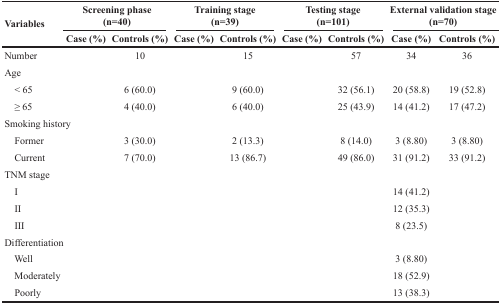
<table><thead><tr><td rowspan="2"><b>Variables</b></td><td colspan="2"><b>Screening phase(n=40)</b></td><td colspan="2"><b>Training stage(n=39)</b></td><td colspan="2"><b>Testing stage(n=101)</b></td><td colspan="2"><b>External validation stage(n=70)</b></td></tr><tr><td><b>Case (%)</b></td><td><b>Controls (%)</b></td><td><b>Case (%)</b></td><td><b>Controls (%)</b></td><td><b>Case (%)</b></td><td><b>Controls (%)</b></td><td><b>Case (%)</b></td><td><b>Controls (%)</b></td></tr></thead><tbody><tr><td>Number</td><td>[EMPTY_CELL]</td><td>10</td><td>[EMPTY_CELL]</td><td>15</td><td>[EMPTY_CELL]</td><td>57</td><td>34</td><td>36</td></tr><tr><td colspan="9">Age</td></tr><tr><td> &lt; 65</td><td>[EMPTY_CELL]</td><td>6 (60.0)</td><td>[EMPTY_CELL]</td><td>9 (60.0)</td><td>[EMPTY_CELL]</td><td>32 (56.1)</td><td>20 (58.8)</td><td>19 (52.8)</td></tr><tr><td> ≥ 65</td><td>[EMPTY_CELL]</td><td>4 (40.0)</td><td>[EMPTY_CELL]</td><td>6 (40.0)</td><td>[EMPTY_CELL]</td><td>25 (43.9)</td><td>14 (41.2)</td><td>17 (47.2)</td></tr><tr><td colspan="9">Smoking history</td></tr><tr><td> Former</td><td>[EMPTY_CELL]</td><td>3 (30.0)</td><td>[EMPTY_CELL]</td><td>2 (13.3)</td><td>[EMPTY_CELL]</td><td>8 (14.0)</td><td>3 (8.80)</td><td>3 (8.80)</td></tr><tr><td> Current</td><td>[EMPTY_CELL]</td><td>7 (70.0)</td><td>[EMPTY_CELL]</td><td>13 (86.7)</td><td>[EMPTY_CELL]</td><td>49 (86.0)</td><td>31 (91.2)</td><td>33 (91.2)</td></tr><tr><td colspan="9">TNM stage</td></tr><tr><td> I</td><td>[EMPTY_CELL]</td><td>[EMPTY_CELL]</td><td>[EMPTY_CELL]</td><td>[EMPTY_CELL]</td><td>[EMPTY_CELL]</td><td>[EMPTY_CELL]</td><td>14 (41.2)</td><td>[EMPTY_CELL]</td></tr><tr><td> II</td><td>[EMPTY_CELL]</td><td>[EMPTY_CELL]</td><td>[EMPTY_CELL]</td><td>[EMPTY_CELL]</td><td>[EMPTY_CELL]</td><td>[EMPTY_CELL]</td><td>12 (35.3)</td><td>[EMPTY_CELL]</td></tr><tr><td> III</td><td>[EMPTY_CELL]</td><td>[EMPTY_CELL]</td><td>[EMPTY_CELL]</td><td>[EMPTY_CELL]</td><td>[EMPTY_CELL]</td><td>[EMPTY_CELL]</td><td>8 (23.5)</td><td>[EMPTY_CELL]</td></tr><tr><td colspan="9">Differentiation</td></tr><tr><td> Well</td><td>[EMPTY_CELL]</td><td>[EMPTY_CELL]</td><td>[EMPTY_CELL]</td><td>[EMPTY_CELL]</td><td>[EMPTY_CELL]</td><td>[EMPTY_CELL]</td><td>3 (8.80)</td><td>[EMPTY_CELL]</td></tr><tr><td> Moderately</td><td>[EMPTY_CELL]</td><td>[EMPTY_CELL]</td><td>[EMPTY_CELL]</td><td>[EMPTY_CELL]</td><td>[EMPTY_CELL]</td><td>[EMPTY_CELL]</td><td>18 (52.9)</td><td>[EMPTY_CELL]</td></tr><tr><td> Poorly</td><td>[EMPTY_CELL]</td><td>[EMPTY_CELL]</td><td>[EMPTY_CELL]</td><td>[EMPTY_CELL]</td><td>[EMPTY_CELL]</td><td>[EMPTY_CELL]</td><td>13 (38.3)</td><td>[EMPTY_CELL]</td></tr></tbody></table>